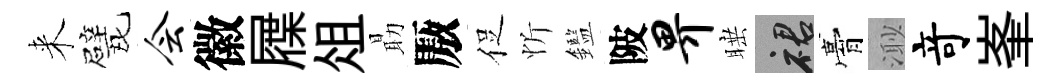
来戏会徽屧俎朂厫促忻鑑陂畀睡裙膏𣺌竒峯